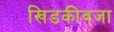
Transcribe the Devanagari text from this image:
खिडकीवजा